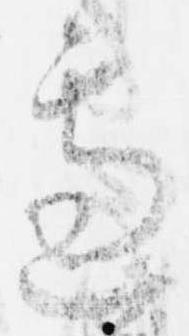
慮